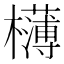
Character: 欂